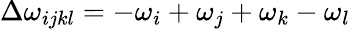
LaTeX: \Delta\omega_{ijkl}=-\omega_{i}+\omega_{j}+\omega_{k}-\omega_{l}